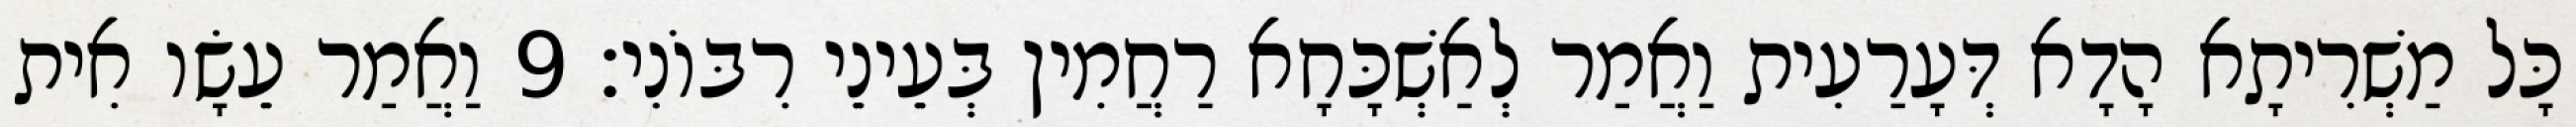
כָּל מַשְׁרִיתָא הָדָא דְּעָרַעִית וַאֲמַר לְאַשְׁכָּחָא רַחֲמִין בְּעֵינֵי רִבּוֹנִי׃ 9 וַאֲמַר עֵשָׂו אִית